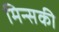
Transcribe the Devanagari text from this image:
मिन्सकी